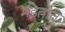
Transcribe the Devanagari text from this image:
मंडतात